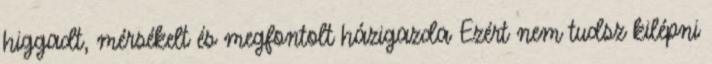
higgadt, mérsékelt és megfontolt házigazda Ezért nem tudsz kilépni